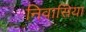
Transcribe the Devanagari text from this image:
निवासिया